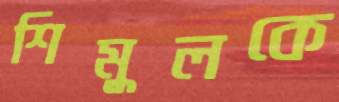
শিমুলকে